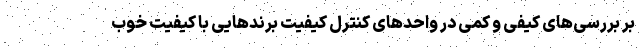
بر بررسی‌های کیفی و کمی در واحدهای کنترل کیفیت برندهايی با کیفیت خوب